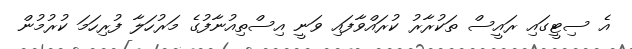
އެ ސިޓީގައި ރައީސް ތަކުރާރު ކުރައްވާފައި ވަނީ އިސްތިއުނާފުގެ މަރުހަލާ ފުރިހަމަ ކުރުމުން